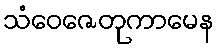
သံဝေဇေတုကာမေန